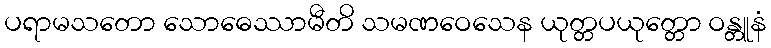
ပရာမသတော သောဓေဿာမီတိ သမဏဝေသေန ယုတ္တပယုတ္တော ဝန္တူနံ